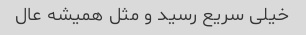
خیلی سریع رسید و مثل همیشه عال